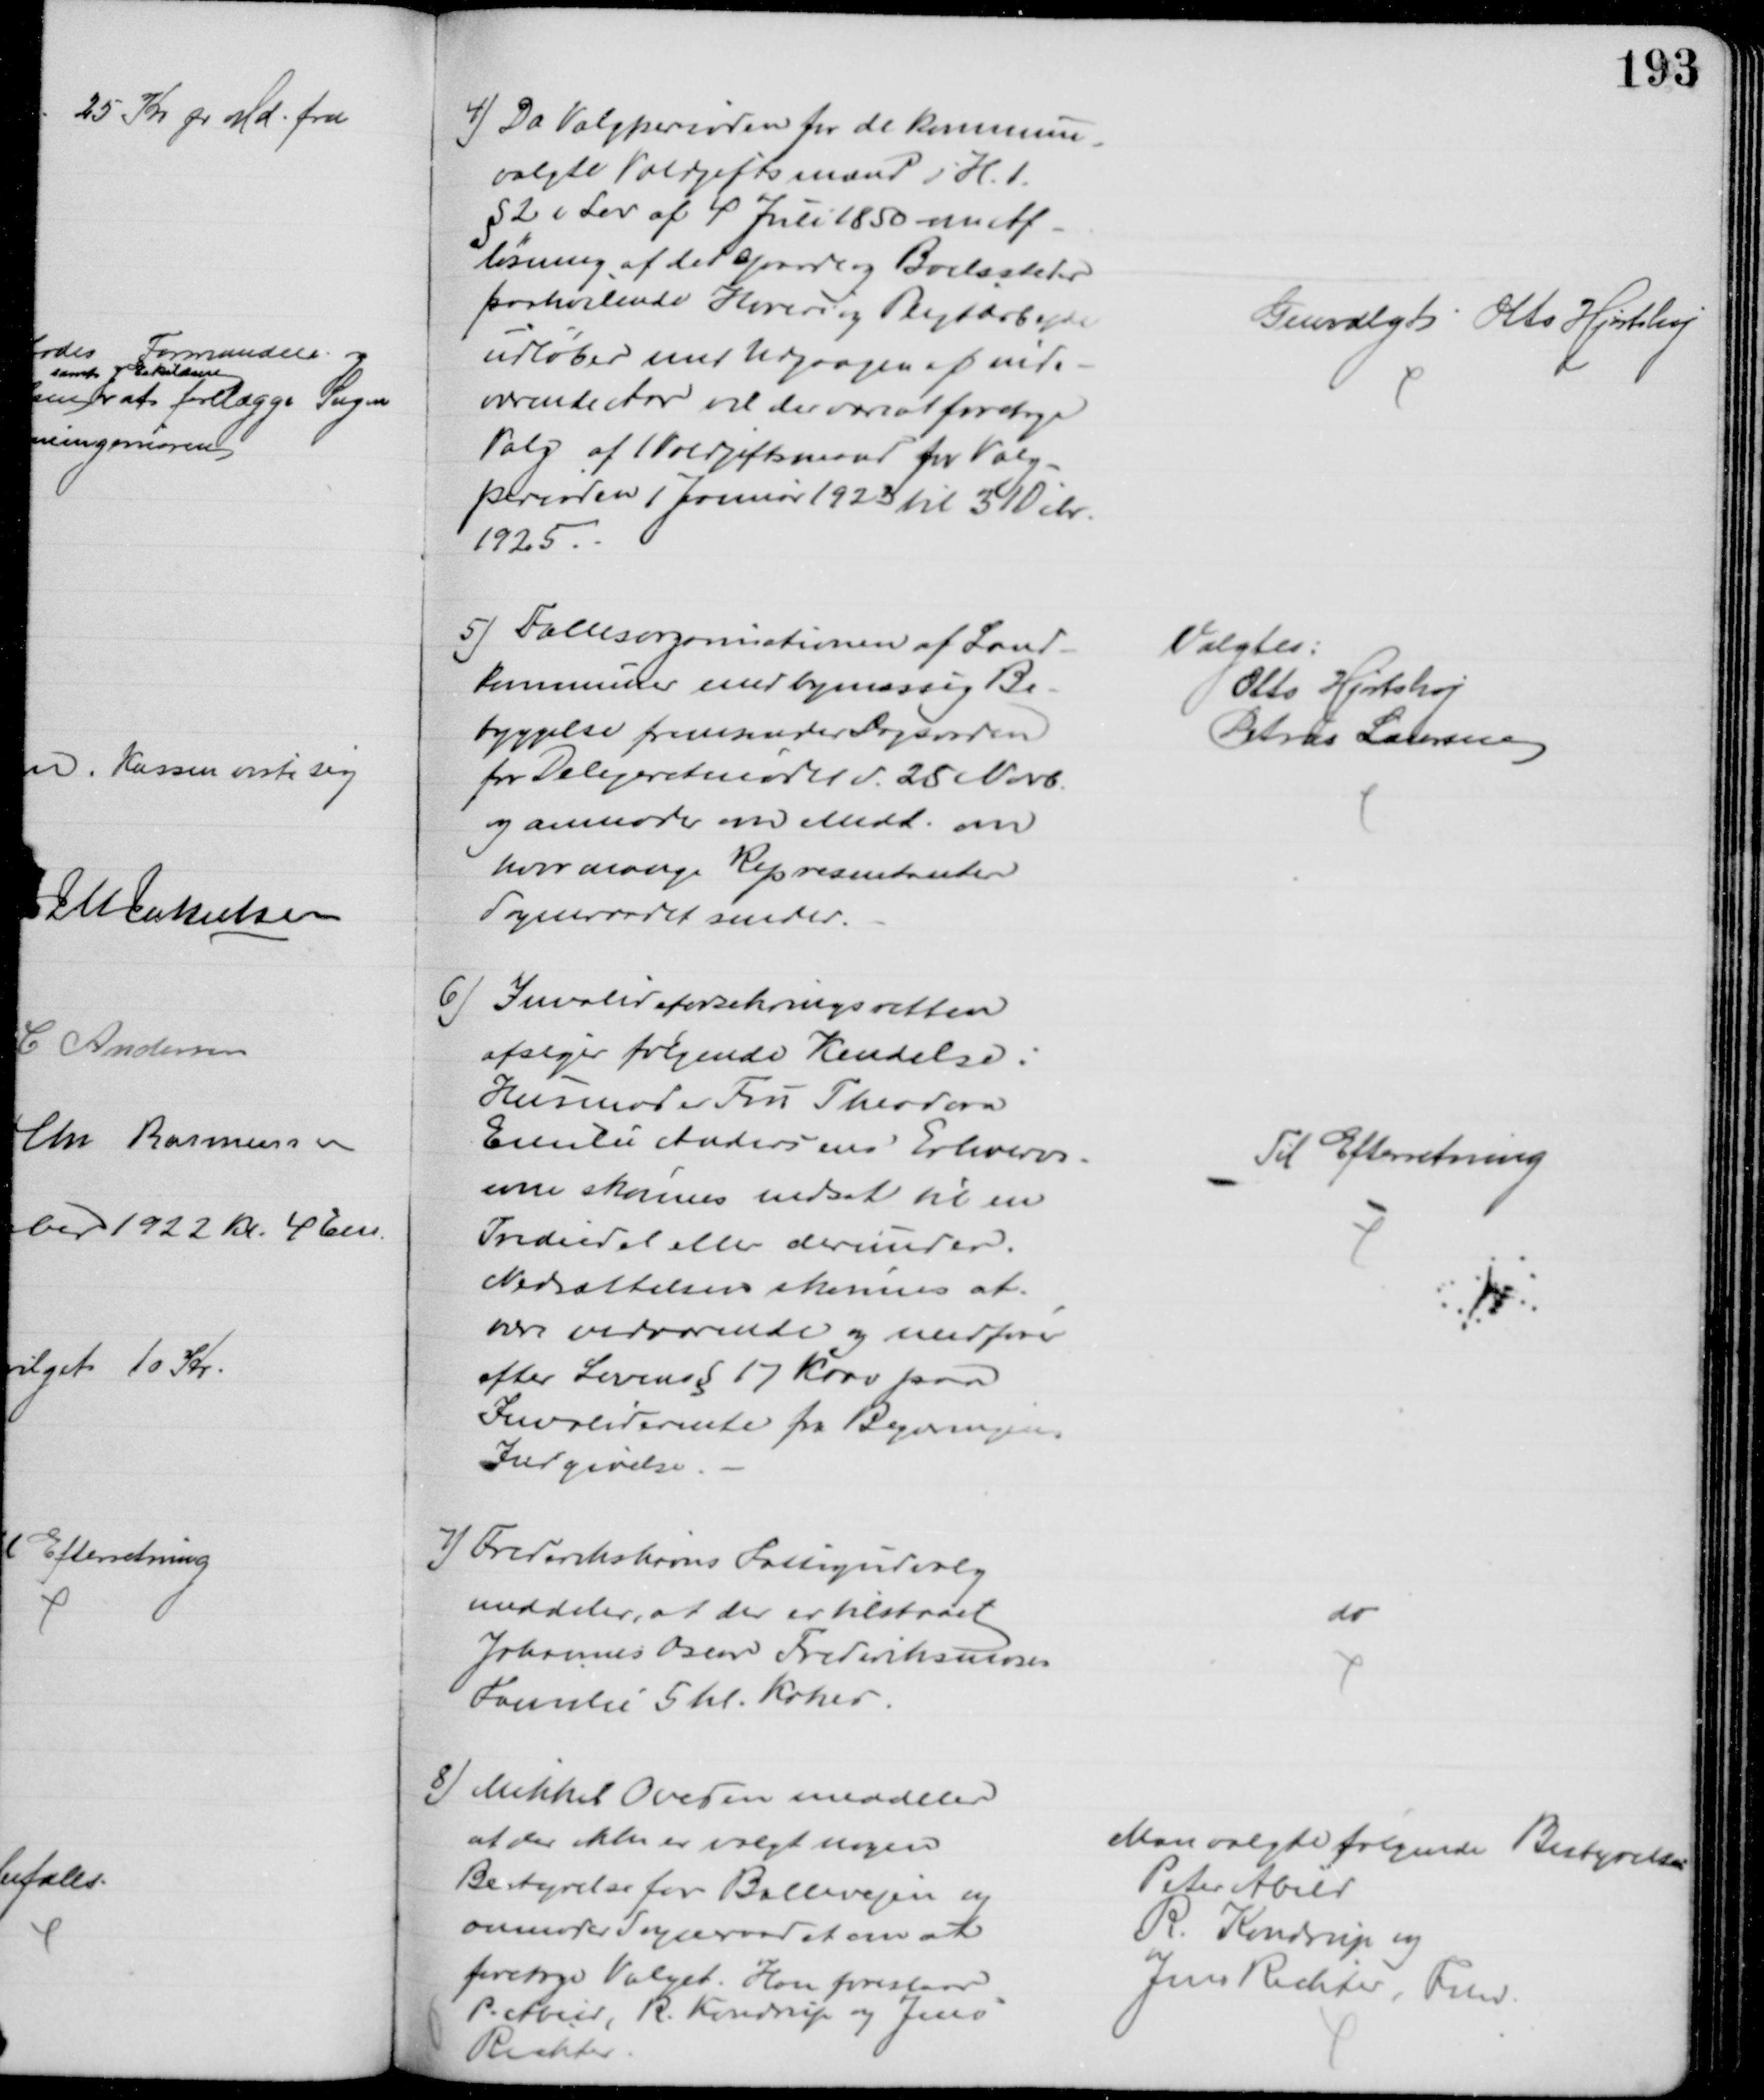
Transskription:
4) Da Valgperioden for de kommune
-
valgte Voldgiftsmænd i H. t.
§ 2 i Lov af 4 Juli 1850 om Af-
løsning af det Gaarde og Boelssteder
paahvilende Hoveri og Pligtarbejde
udløber med Udgangen af inde-
værende Aar vil der være at foretage
Valg af Voldgiftsmænd for Valg
-
perioden 1 Januar 1923 til 31 Dcbr
1925
Genvalgtes Otto Hjortshøj
5) Fællesorganisationen af Land-
kommuner med bymæssig Be-
byggelse fremsender Dagsorden
for Delegeretmødet d. 25 Novb.
og anmoder om Medd. om
hvor mange Repræsentanter
Sogneraadet sender.
Valgtes:
Otto Hjortshøj
Petrus Laursen
6) Invalideforsikringsretten
afsiger følgende Kendelse:
Husmoder Fru Theodora
Emilie Andersens Erhvervs-
evne skønnes nedsat til en 
Trediedel eller derunder.
Nedsættelsen skønnes at
være vedvarende og medfører
efter Lovens § 17 Krav paa
Invaliderente fra Begæringens
Indgivelse
Til Efterretning
7) Frederikshavns Fattigudvalg
meddeler, at der er tilstaaet 
Johannes Oscar Frederiksmoses
Familie 5 hl. Kokes
do
8) Mikkel Ovesen meddeler
at der ikke er valgt nogen
Bestyrelse for Ballevejen og 
anmoder Sogneraadet om at
foretage Valget. Han foreslaar
P Abild, R. Kondrup og Jens
Richter
Man valgte følgende Bestyrelse
Peter Abild
R. Kondrup og
Jens Richter, Fmd.